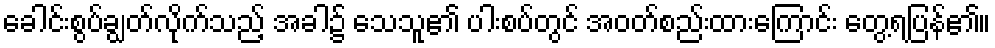
ခေါင်းစွပ်ချွတ်လိုက်သည့် အခါ၌ သေသူ၏ ပါးစပ်တွင် အဝတ်စည်းထားကြောင်း တွေ့ရပြန်၏။